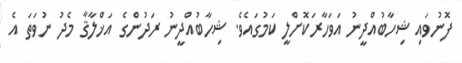
ފޮނުވައި ޝިހާބުއްދީނު އަވަހާރަކޮށްލީ ކަމުގައެވެ. ޝިހާބުއްދީނު ރަދުންގެ އަޚްލާޤާ މެދު ނުވަތަ އެ